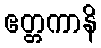
ဧတ္တကာနိ